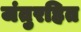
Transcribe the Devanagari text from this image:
जंतुरहित